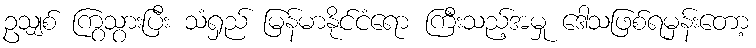
ဥသျှစ် ကြွသွားပြီး သံရှည် မြန်မာနိုင်ငံရော ကြီးသည့်အမှု ဒေါသဖြစ်ရမှန်းတော့